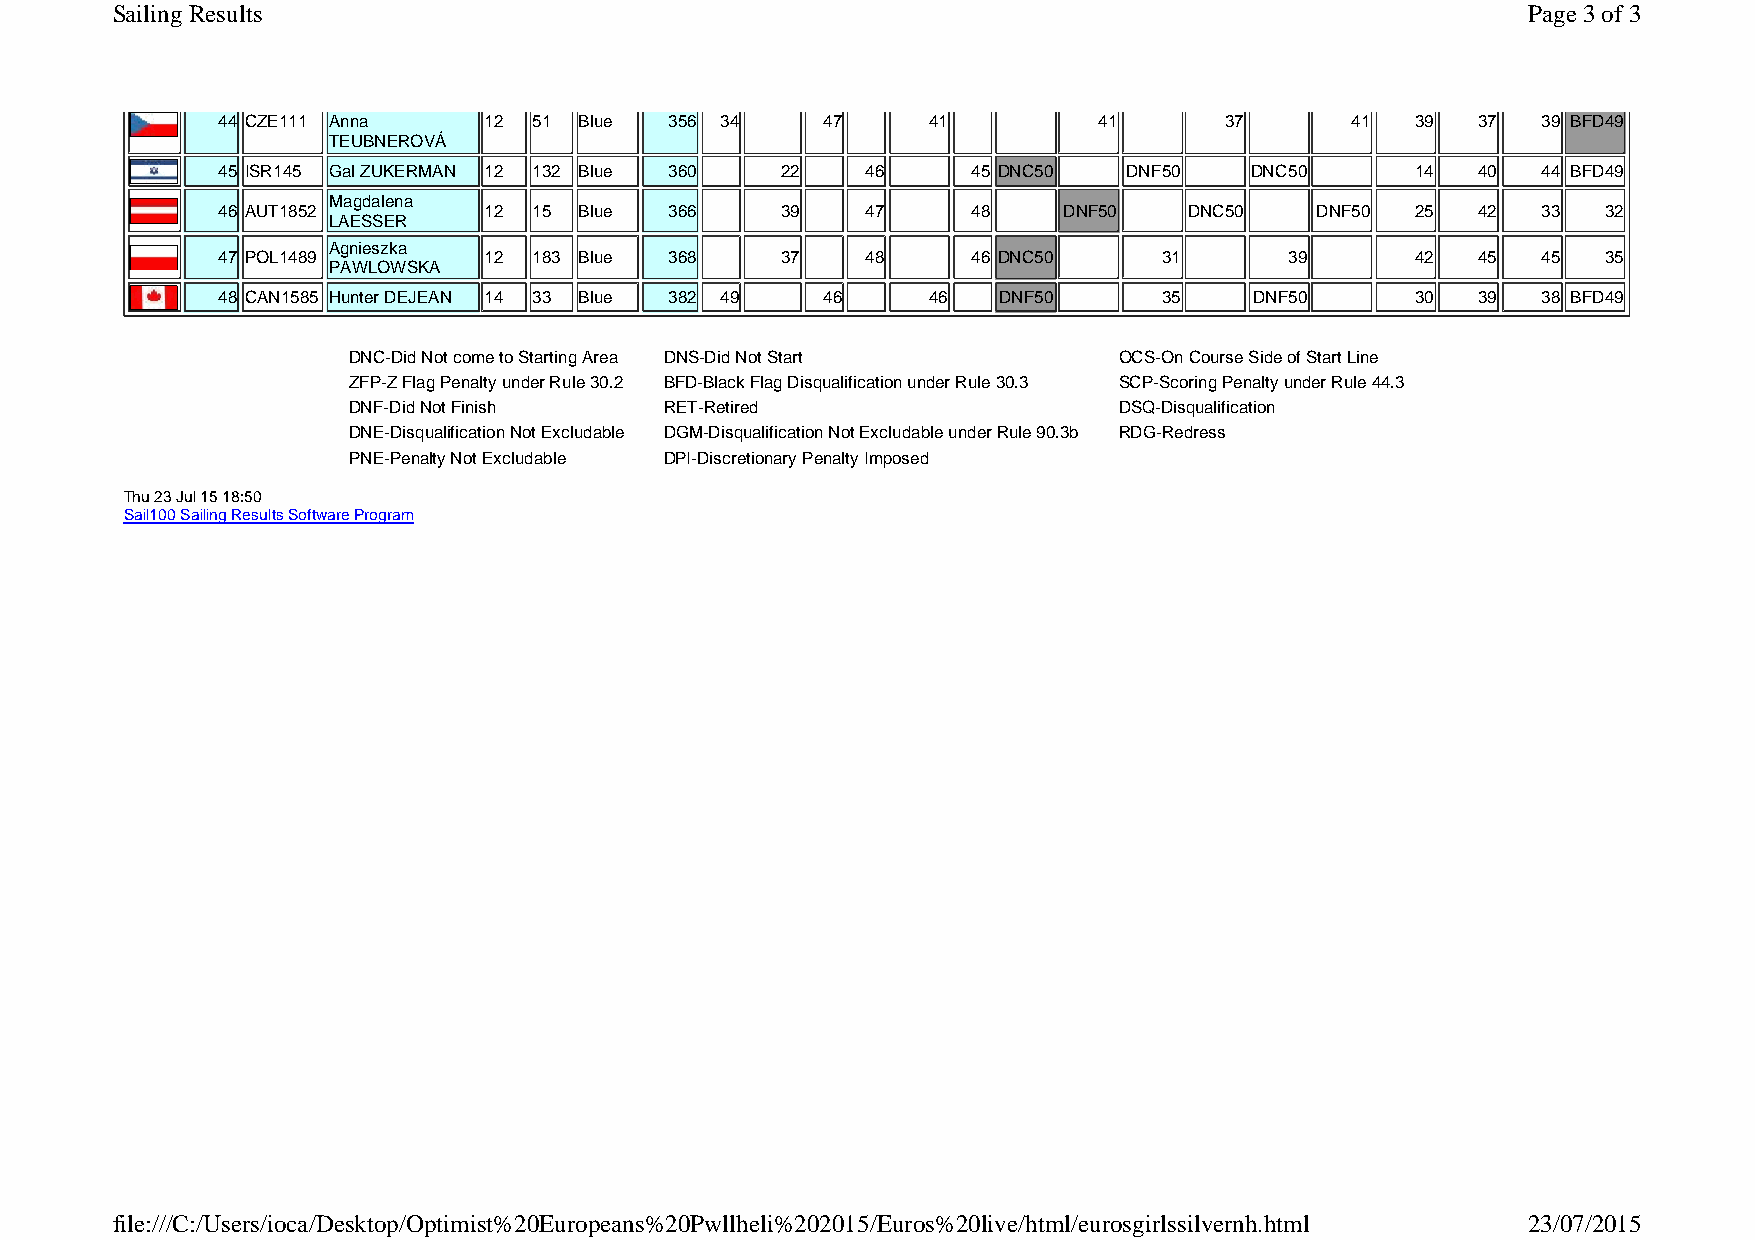
Sailing Results                                                                               Page 3 of 3
 44 CZE111 Anna    12 51 Blue  356 34    47     41          41      37      41   39  37  39 BFD49
 TEUBNEROVÁ
 45 ISR145 Gal ZUKERMAN 12 132 Blue 360 22  46     45 DNC50   DNF50   DNC50      14  40  44 BFD49
 Magdalena
 46 AUT1852        12 15 Blue  366     39   47     48    DNF50    DNC50   DNF50  25  42  33  32
 LAESSER
 Agnieszka
 47 POL1489        12 183 Blue 368     37   48     46 DNC50     31      39       42  45  45  35
 PAWLOWSKA
 48 CAN1585 Hunter DEJEAN 14 33 Blue 382 49 46  46   DNF50      35    DNF50      30  39  38 BFD49
 DNC-Did Not come to Starting Area DNS-Did Not Start OCS-On Course Side of Start Line
 ZFP-Z Flag Penalty under Rule 30.2 BFD-Black Flag Disqualification under Rule 30.3 SCP-Scoring Penalty under Rule 44.3
 DNF-Did Not Finish   RET-Retired                   DSQ-Disqualification
 DNE-Disqualification Not Excludable DGM-Disqualification Not Excludable under Rule 90.3b RDG-Redress
 PNE-Penalty Not Excludable DPI-Discretionary Penalty Imposed
 Thu 23 Jul 15 18:50
 Sail100 Sailing Results Software Program
 file:///C:/Users/ioca/Desktop/Optimist%20Europeans%20Pwllheli%202015/Euros%20live/html/eurosgirlssilvernh.html 23/07/2015